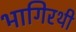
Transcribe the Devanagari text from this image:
भागिरथी